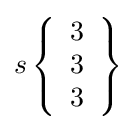
s\left\{{\begin{array}{l}3\\3\\3\end{array}}\right\}